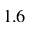
1 . 6